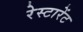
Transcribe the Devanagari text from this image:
रेस्टारेंट